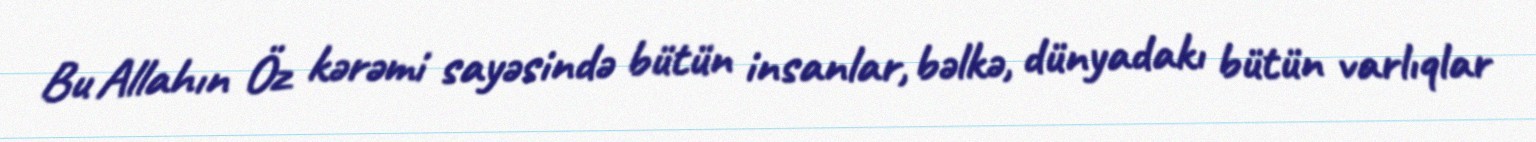
Bu Allahın Öz kərəmi sayəsində bütün insanlar, bəlkə, dünyadakı bütün varlıqlar